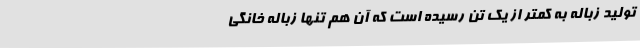
تولید زباله به کمتر از یک تن رسیده است که آن هم تنها زباله خانگی